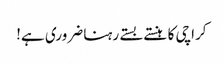
کراچی کا ہنستے بستے رہنا ضروری ہے!